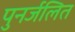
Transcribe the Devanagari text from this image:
पुनर्जलित